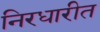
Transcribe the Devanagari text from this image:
निरधारीत